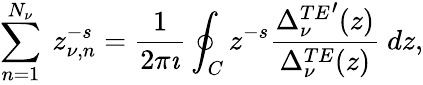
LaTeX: \sum_{n=1}^{N_{\nu}}\ z_{\nu,n}^{-s}=\displaystyle{\frac{1}{2\pi\imath}}\oint_{C}z^{-s}\displaystyle{\frac{{\Delta_{\nu}^{TE}}^{\prime}(z)}{\Delta_{\nu}^{TE}(z)}}\ dz,